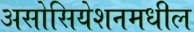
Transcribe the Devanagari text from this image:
असोसियेशनमधील